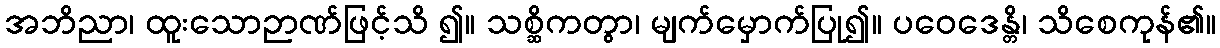
အဘိညာ၊ ထူးသောဉာဏ်ဖြင့်သိ ၍။ သစ္ဆိကတွာ၊ မျက်မှောက်ပြု၍။ ပဝေဒေန္တိ၊ သိစေကုန်၏။